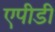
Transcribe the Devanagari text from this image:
एपीडी